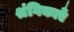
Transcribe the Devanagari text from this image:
श्रंगिकाएँ